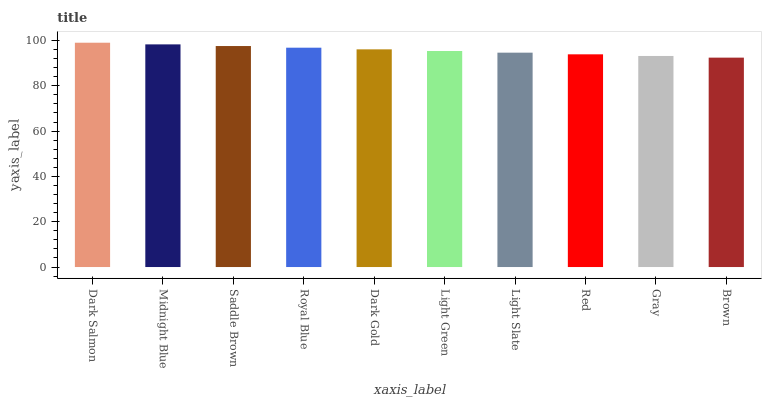
| xaxis_label | bars |
 | --- | --- |
 | Dark Salmon | 99 |
 | Midnight Blue | 98.3 |
 | Saddle Brown | 97.5 |
 | Royal Blue | 96.8 |
 | Dark Gold | 96.1 |
 | Light Green | 95.3 |
 | Light Slate | 94.6 |
 | Red | 93.9 |
 | Gray | 93.1 |
 | Brown | 92.4 |